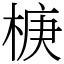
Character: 椩